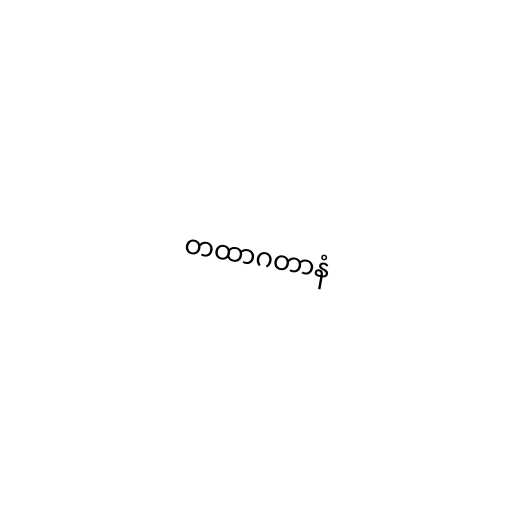
တထာဂတာနံ